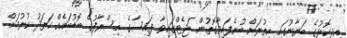
އިދިކޮޅުގެ ބަޔާނުގައި އިތުރަށް ބުނެފައިވާގޮތުން ބަޖެޓްގައިވާ ފައިސާގެ އިސްރާފުގެ ބޮޑުބައެއް ހަރަދު ކުރުމަށް